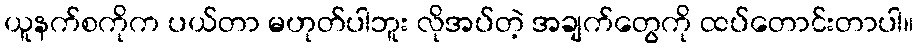
ယူနက်စကိုက ပယ်တာ မဟုတ်ပါဘူး လိုအပ်တဲ့ အချက်တွေကို ထပ်တောင်းတာပါ။